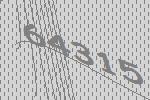
64315